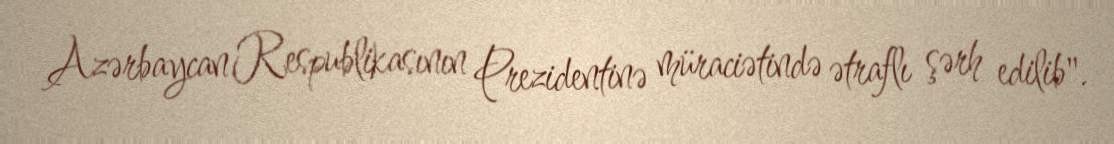
Azərbaycan Respublikasının Prezidentinə müraciətində ətraflı şərh edilib".